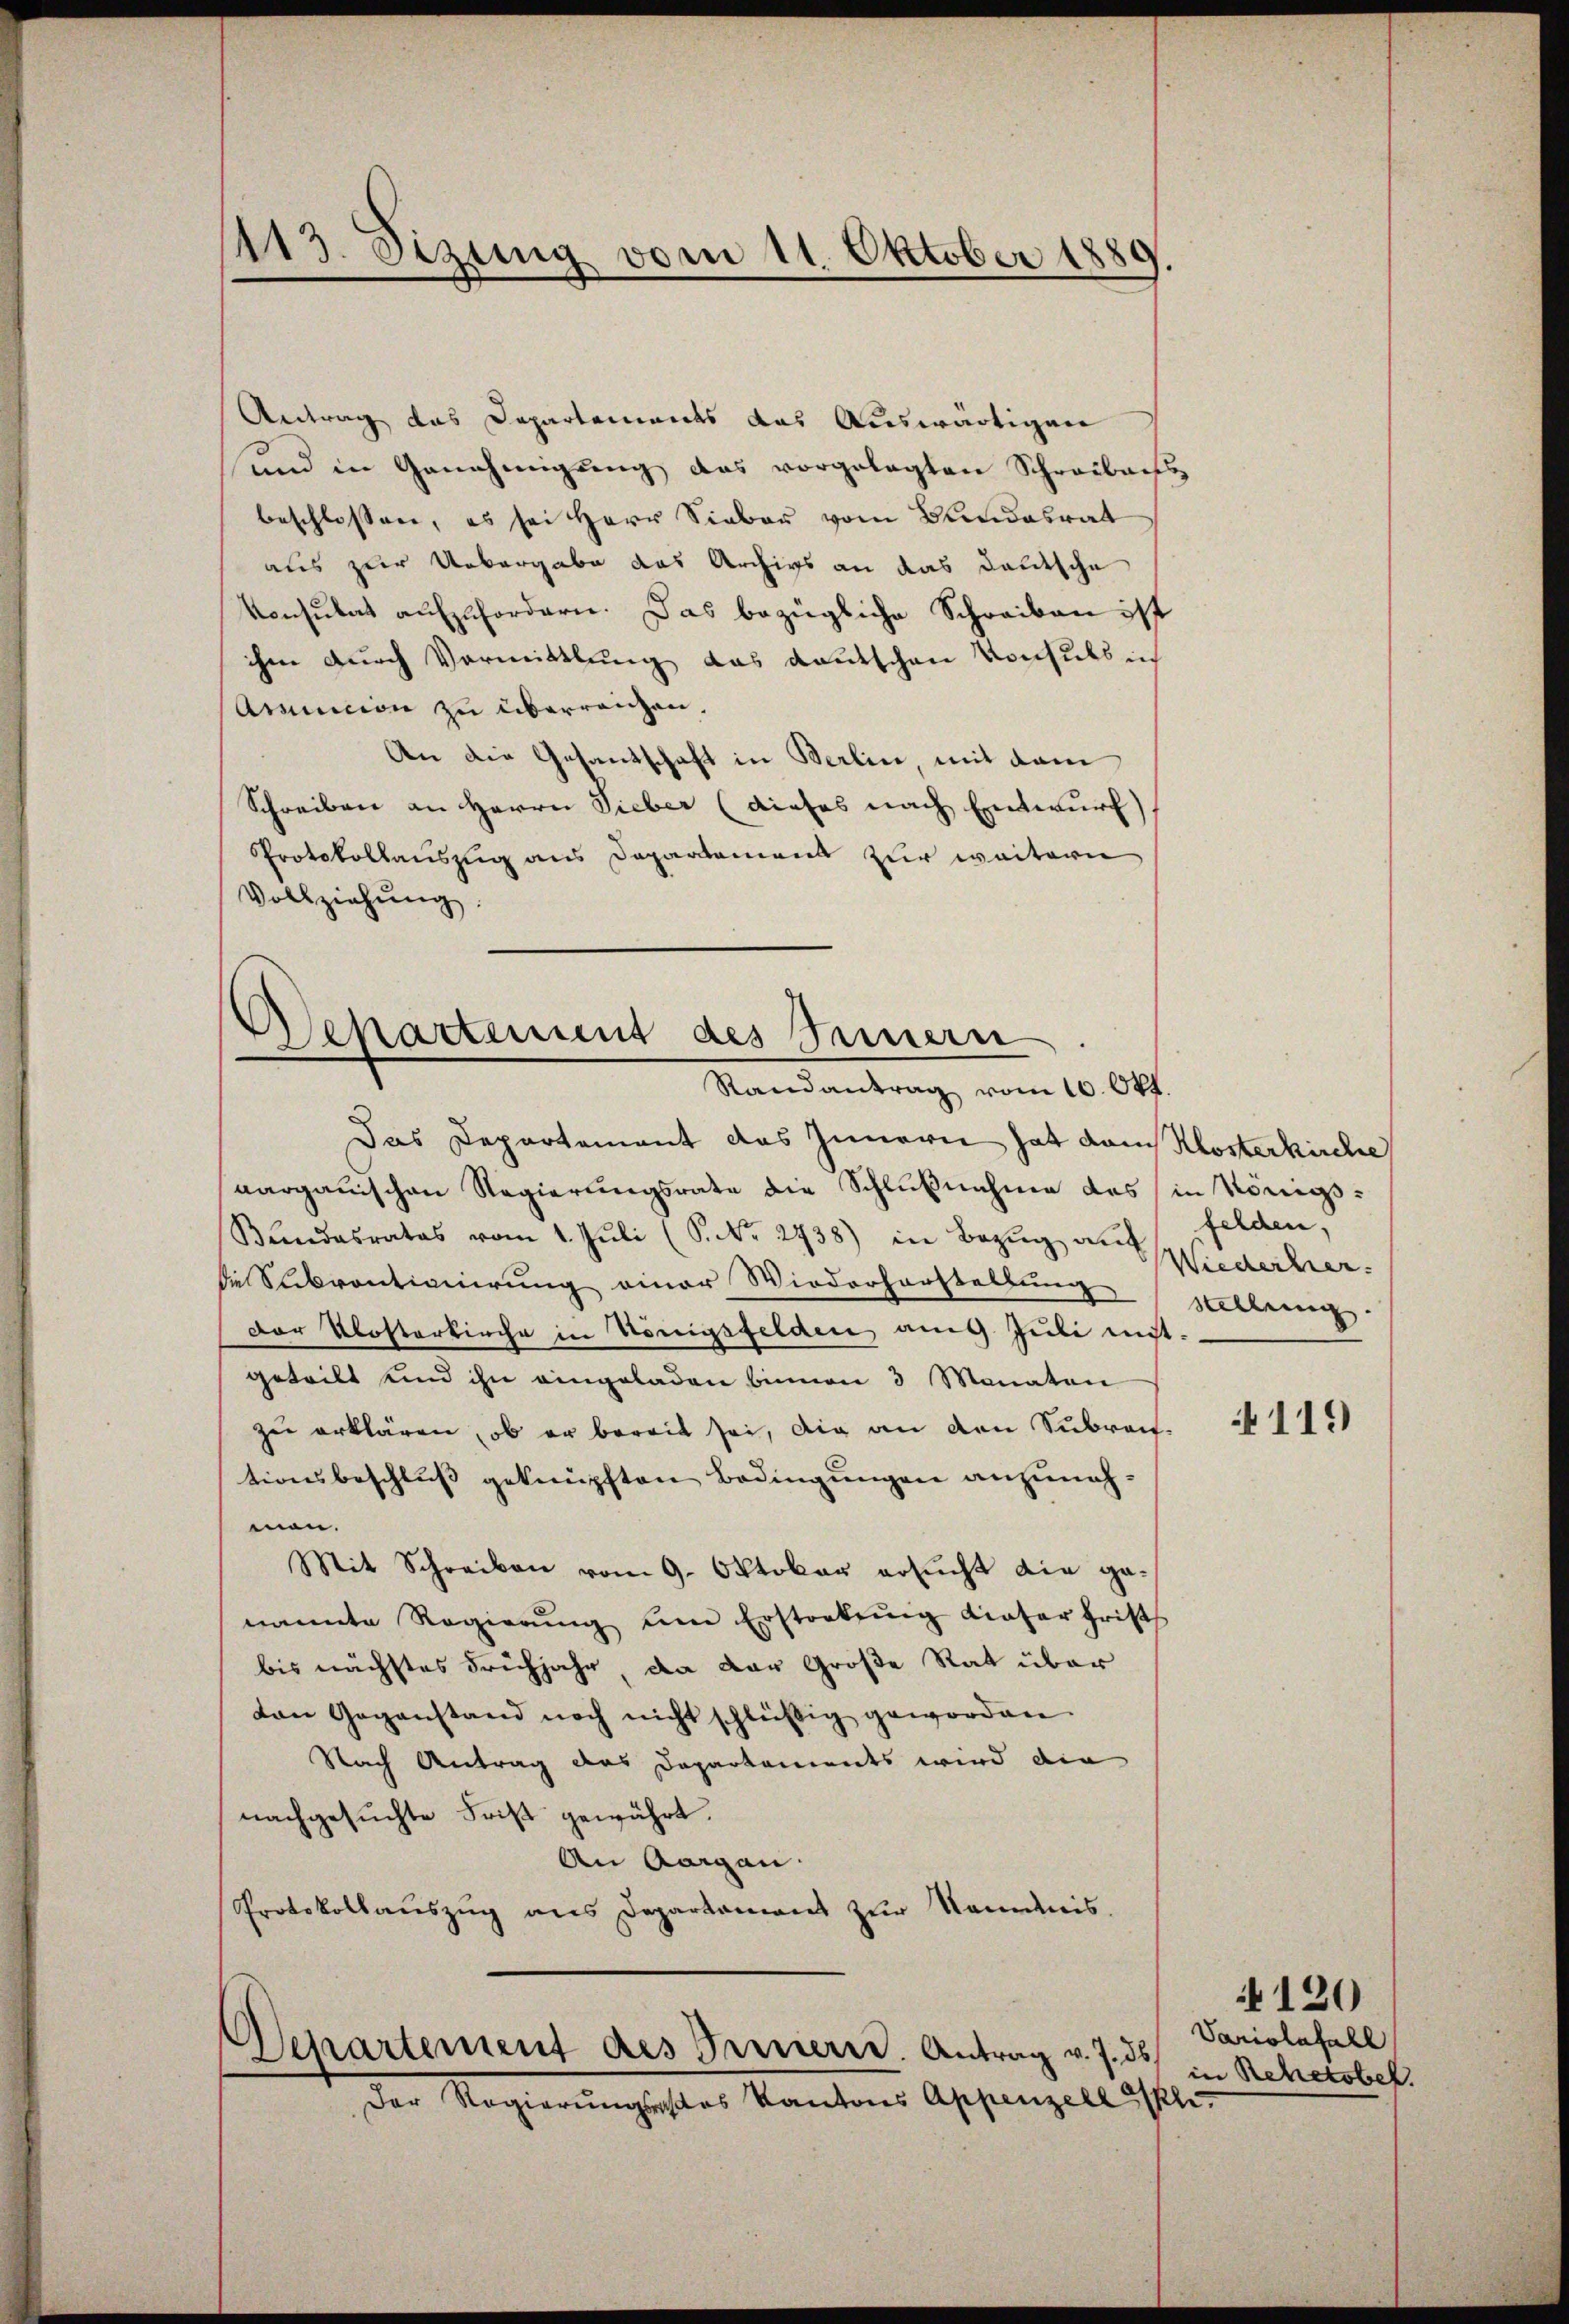
Antrag das Departements das Auswärtigen
und in Genehmigŭng das vorgelegten Schreibens
beschlossen, es sei Herr Sieber vom Bundesrat
aus zur Uebergabe das Archivs an das deutsche
Konsulat aufzufordern. Das bezügliche Schreiben ist
ihm durch Vormittlung das Kautschen Konsuls ich
Amsincion zu überranzen.
An die Gesandschaft in Berlin mit dem
Schreiben an Herrn Sieber (dieses nach Entwurf)
Protokollauszug aus Departement zur weitern
Vollziehung.

1113. Sizung vom 11. Oktober 1880

Departement des Innern

Randantrag vom 10. Okt.
Das Departement das Innern hat dem Klosterkirche
aargauischen Regierungsrate die Schlußnahme des in Königs¬
Bundesrates vom 1. Juli (S. Nr. 2738) in Bezug auf
die Subventianierung einer Wiederhorstellung alleng
Der Klosterkirche in Königsfelden ang Juli nicht.
geteilt und ihn eingeladen binnen 3 Monaten
zu erklären, ob er bereit sei, die an den Subreit
tionsbeschluß geknüpften Bedingungen anzunehman.
Mit Schreiben vom 9. Oktober ersucht die genannte Regierŭng um Erstockung dieser Frist
bis nächstes Frühjahr, da der Große Rat über
von Gegenstand noch nicht schlüβig geworden.
Nach Antrag des Departements wird die
nachgesuchte Frist gewährt.
An Aargau.
Protokollaŭszŭg ans Departament zŭr Nominis

Separtement des Treuerre. Antrag v. J. ds.
Der Regierungester Kantons Appenzell alter

felden,
Wiederher.

4119

4120
Variolnfall
in Rehetobel.